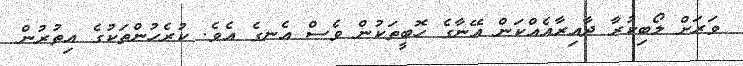
ވަރަށް ލޯބިކުރާ ދާއިރާއެއްކަން އޭނާގެ ހޮބީތަކުން ވެސް އެނގެ އެވެ. ކުރެހުންތަކުގެ އިތުރުން